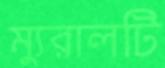
ম্যুরালটি